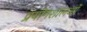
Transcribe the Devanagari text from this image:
प्रयोगशालओं